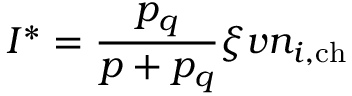
I ^ { * } = \frac { p _ { q } } { p + p _ { q } } \xi v n _ { i , \mathrm { c h } }